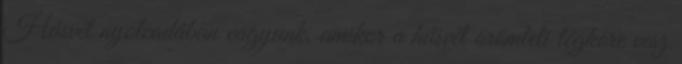
Húsvét nyolcadában vagyunk, amikor a húsvét örömteli légköre vesz